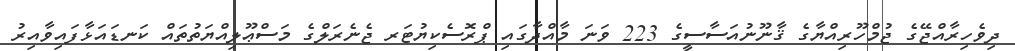
ދިވެހިރާއްޖޭގެ ޖުމްހޫރިއްޔާގެ ޤާނޫނުއަސާސީގެ 223 ވަނަ މާއްދާގައި ޕްރޮސެކިޔުޓަރ ޖެނެރަލްގެ މަސްޢޫލިއްޔަތުތައް ކަނޑައަޅާފައިވާއިރު